Vaccination in Bombay 1856-1862 - 1856-1862
Year: 1856
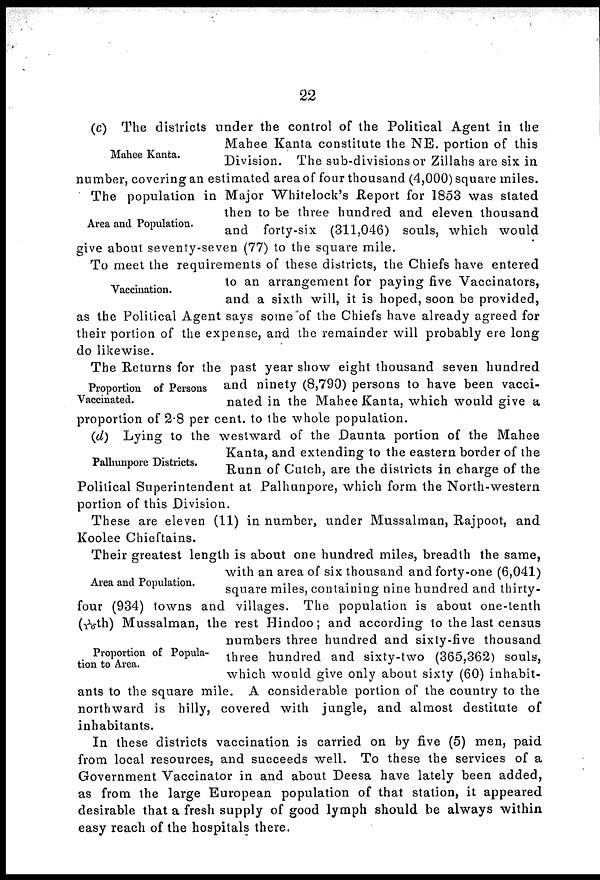
22
Mahee Kanta.
(c) The districts under the control of the Political Agent in the
Mahee Kanta constitute the NE. portion of this
Division. The sub-divisions or Zillahs are six in
number, covering an estimated area of four thousand (4,000) square miles.
Area and Population.
The population in Major Whitelock's Report for 1853 was stated
then to be three hundred and eleven thousand
and forty-six (311,046) souls, which would
give about seventy-seven (77) to the square mile.
Vaccination.
To meet the requirements of these districts, the Chiefs have entered
to an arrangement for paying five Vaccinators,
and a sixth will, it is hoped, soon be provided,
as the Political Agent says some of the Chiefs have already agreed for
their portion of the expense, and the remainder will probably ere long
do likewise.
Proportion of Persons
Vaccinated.
The Returns for the past year show eight thousand seven hundred
and ninety (8,790) persons to have been vacci-
nated in the Mahee Kanta, which would give a
proportion of 2.8 per cent. to the whole population.
Palhunpore Districts.
(d) Lying to the westward of the Daunta portion of the Mahee
Kanta, and extending to the eastern border of the
Runn of Cutch, are the districts in charge of the
Political Superintendent at Palhunpore, which form the North-western
portion of this Division.
These are eleven (11) in number, under Mussalman, Rajpoot, and
Koolee Chieftains.
Area and Population.
Proportion of Popula-
tion to Area.
Their greatest length is about one hundred miles, breadth the same,
with an area of six thousand and forty-one (6,041)
square miles, containing nine hundred and thirty-
four (934) towns and villages. The population is about one-tenth
(1/10th) Mussalman, the rest Hindoo; and according to the last census
numbers three hundred and sixty-five thousand
three hundred and sixty-two (365,362) souls,
which would give only about sixty (60) inhabit-
ants to the square mile. A considerable portion of the country to the
northward is hilly, covered with jungle, and almost destitute of
inhabitants.
In these districts vaccination is carried on by five (5) men, paid
from local resources, and succeeds well. To these the services of a
Government Vaccinator in and about Deesa have lately been added,
as from the large European population of that station, it appeared
desirable that a fresh supply of good lymph should be always within
easy reach of the hospitals there.